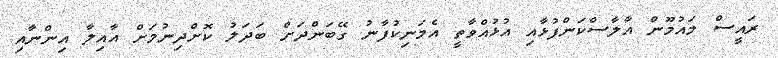
ރައީސް މައުމޫން އާލާސްކަންފުޅާއި އުޅުއްވާތީ އެމަނިކުފާނު ގޭބަންދަށް ބަދަލު ކޮށްދިނުމަށް އާއިލާ އިންނާއި